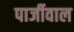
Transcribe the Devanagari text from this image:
पार्जीवाल